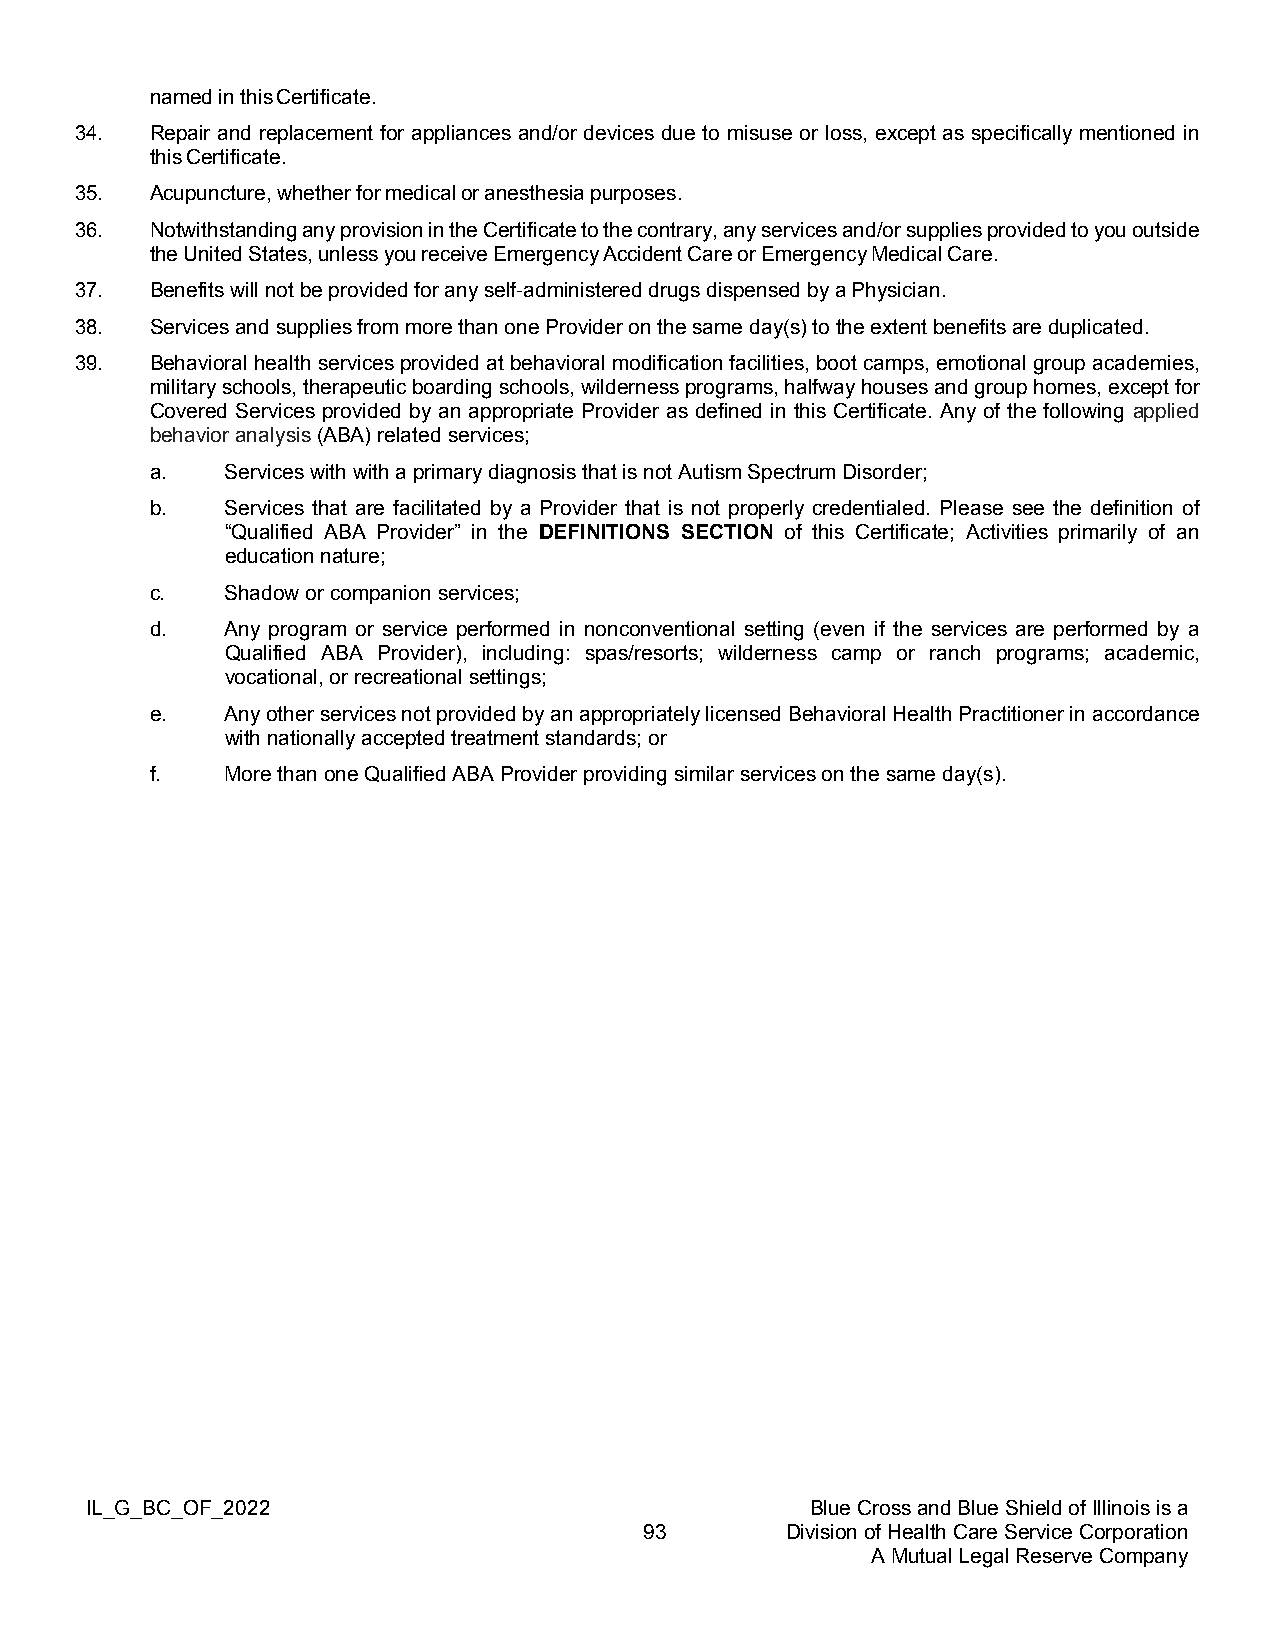
named in this Certificate.
 34.  Repair and replacement for appliances and/or devices due to misuse or loss, except as specifically mentioned in
 this Certificate.
 35.  Acupuncture, whether for medical or anesthesia purposes.
 36.  Notwithstanding any provision in the Certificate to the contrary, any services and/or supplies provided to you outside
 the United States, unless you receive Emergency Accident Care or Emergency Medical Care.
 37.  Benefits will not be provided for any self-administered drugs dispensed by a Physician.
 38.  Services and supplies from more than one Provider on the same day(s) to the extent benefits are duplicated.
 39.  Behavioral health services provided at behavioral modification facilities, boot camps, emotional group academies,
 military schools, therapeutic boarding schools, wilderness programs, halfway houses and group homes, except for
 Covered Services provided by an appropriate Provider as defined in this Certificate. Any of the following applied
 behavior analysis (ABA) related services;
 a.   Services with with a primary diagnosis that is not Autism Spectrum Disorder;
 b.   Services that are facilitated by a Provider that is not properly credentialed. Please see the definition of
 “Qualified ABA Provider” in the DEFINITIONS SECTION of this Certificate; Activities primarily of an
 education nature;
 c.   Shadow or companion services;
 d.   Any program or service performed in nonconventional setting (even if the services are performed by a
 Qualified ABA Provider), including: spas/resorts; wilderness camp or ranch programs; academic,
 vocational, or recreational settings;
 e.   Any other services not provided by an appropriately licensed Behavioral Health Practitioner in accordance
 with nationally accepted treatment standards; or
 f.   More than one Qualified ABA Provider providing similar services on the same day(s).
 IL_G_BC_OF_2022                                 Blue Cross and Blue Shield of Illinois is a
 93       Division of Health Care Service Corporation
 A Mutual Legal Reserve Company